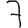
Digit: 7